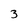
Character: 3